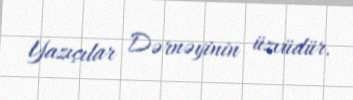
Yazıçılar Dərnəyinin üzvüdür.